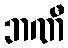
ဘဏီ